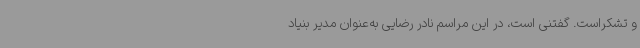
و تشکراست. گفتنی است، در این مراسم نادر رضایی به‌عنوان مدیر بنیاد